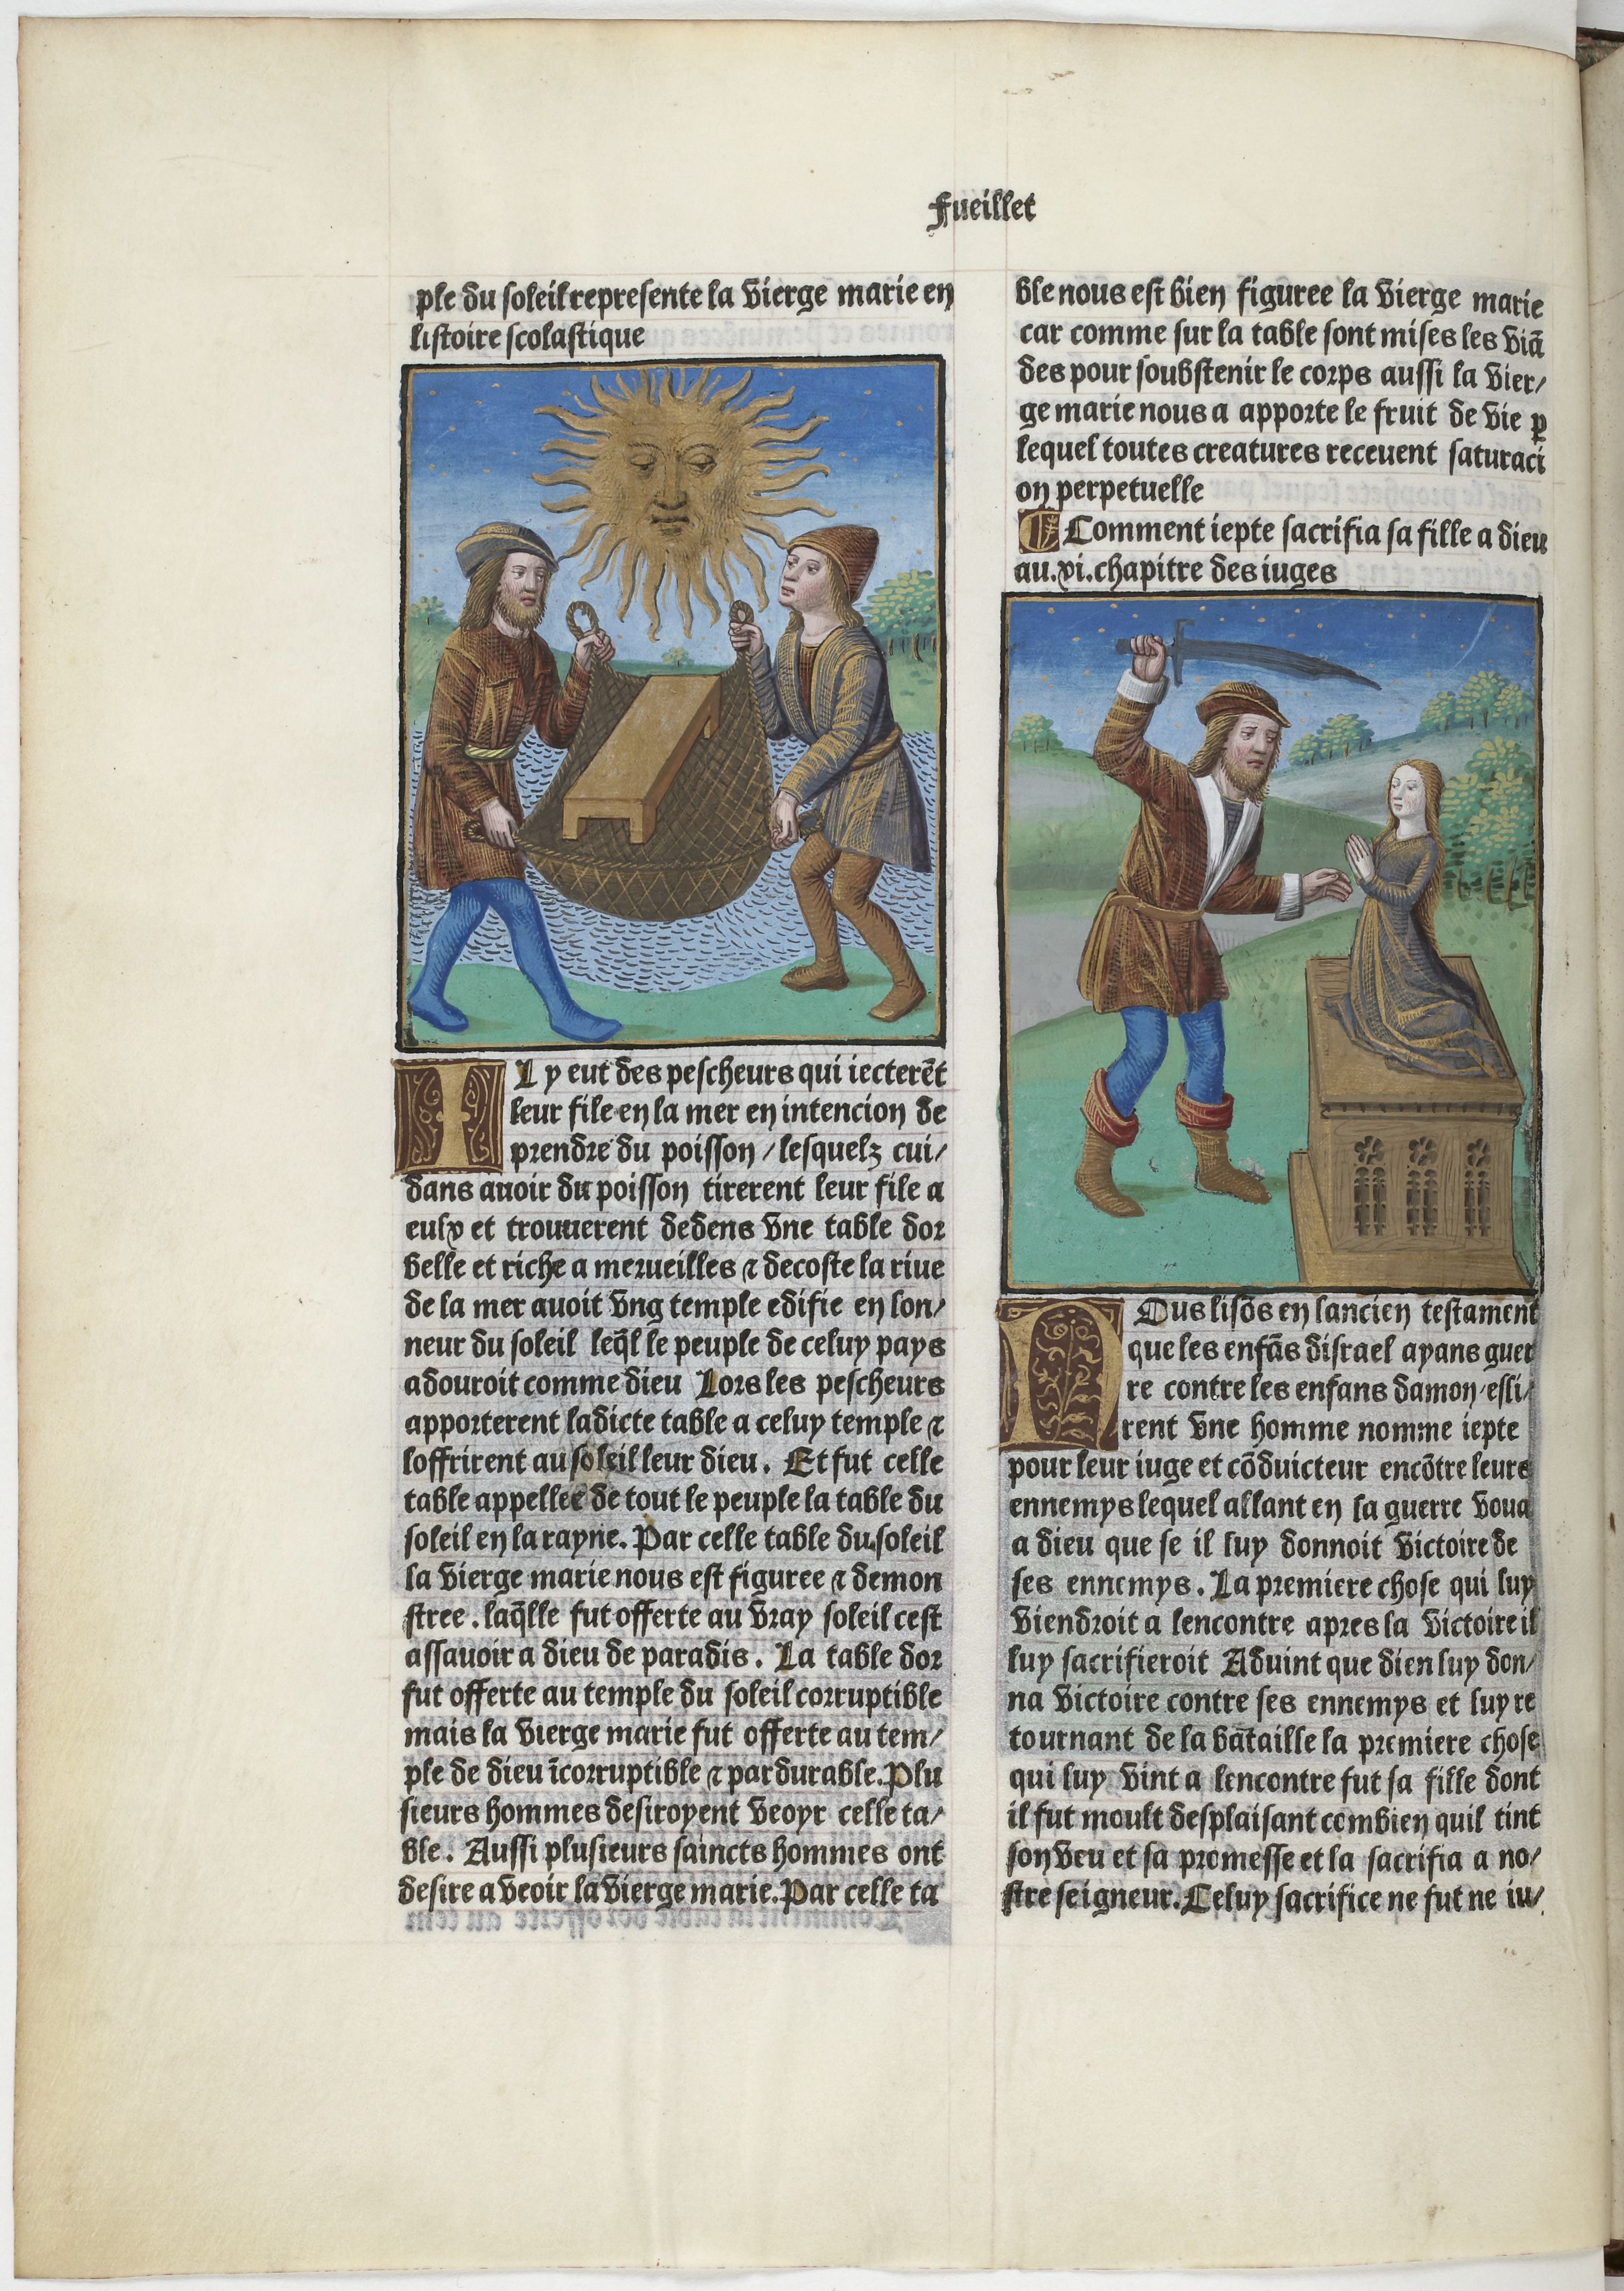
Shelfmark: Paris, BnF, Velins 906
Century: 15